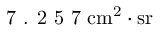
\textnormal { 7 . 2 5 7 } \mathrm { c m ^ { 2 } \cdot { s r } }